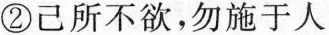
②己所不欲，勿施于人